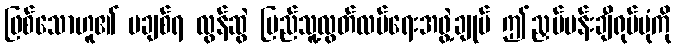
ဖြစ်သောဟူ၏ မချစ်ရ လွန်ဆွဲ ပြည်သူ့လွတ်လပ်ရေးအဖွဲ့ချုပ် ဤညှပ်ပန်းချီရုပ်ပုံကို